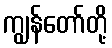
ကျွန်တော်တို့